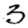
Digit: 3